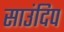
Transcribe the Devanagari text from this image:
साउंदिप